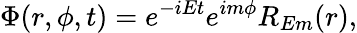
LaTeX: \Phi(r,\phi,t)=e^{-iEt}e^{im\phi}R_{Em}(r),